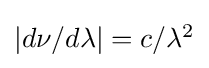
{\textstyle \left|{d\nu }/{d\lambda }\right|=c/{\lambda ^{2}}}